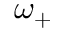
\omega _ { + }